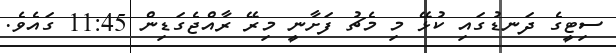
ސިޓީގެ ދަނޑުގައި ކުޅޭ މި މެޗު ފަށާނީ މިރޭ ރާއްޖެގަޑިން 11:45 ގައެވެ.